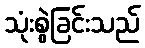
သုံးစွဲခြင်းသည်